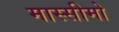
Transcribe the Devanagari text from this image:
मास्सीमो